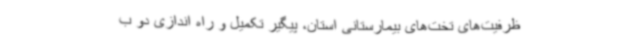
ظرفیت‌های تخت‌های بیمارستانی استان، پیگیر تکمیل و راه اندازی دو ب